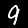
Label: 9